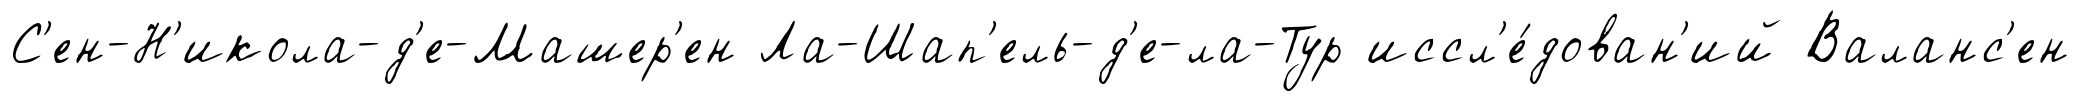
С'ен-Н'икола-д'е-Машер'ен Ла-Шап'ель-д'е-ла-Тур иссл'е́дован'ий Валанс'ен